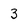
Character: 3